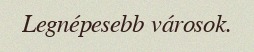
Legnépesebb városok.